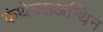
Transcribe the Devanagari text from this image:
कंथेक्सअन्थिन